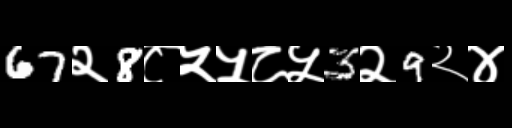
Text: 67२8८५५८५3२9२४